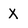
Character: X